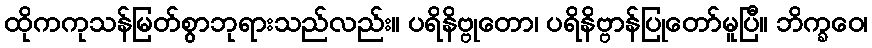
ထိုကကုသန်မြတ်စွာဘုရားသည်လည်း။ ပရိနိဗ္ဗုတော၊ ပရိနိဗ္ဗာန်ပြုတော်မူပြီ။ ဘိက္ခဝေ၊